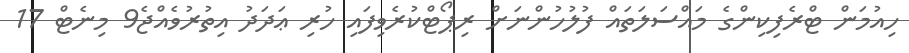
ހިއުމަން ޓްރެފިކިންގެ މައްސަލަތައް ފުލުހުންނަށް ރިޕޯޓްކުރެވިފައި ހުރި ޢަދަދު އިތުރުވެއްޖެ9 މިނެޓް 17